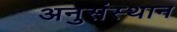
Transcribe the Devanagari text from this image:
अनुसंस्थान